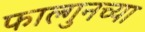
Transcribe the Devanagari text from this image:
फाल्गुनच्या